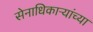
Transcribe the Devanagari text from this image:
सेनाधिकाऱ्यांच्या